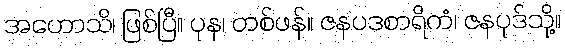
အဟောသိ၊ ဖြစ်ပြီ။ ပုန၊ တစ်ဖန်။ ဇနပဒစာရိကံ၊ ဇနပုဒ်သို့။